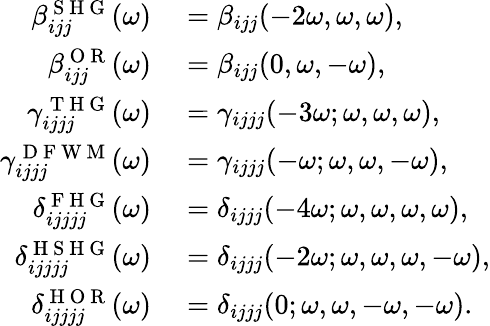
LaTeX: \begin{array}{rl}{\beta_{ijj}^{\mathrm{~S~H~G~}}(\omega)}&{{}=\beta_{ijj}(-2\omega,\omega,\omega),}\\ {\beta_{ijj}^{\mathrm{~O~R~}}(\omega)}&{{}=\beta_{ijj}(0,\omega,-\omega),}\\ {\gamma_{ijjj}^{\mathrm{~T~H~G~}}(\omega)}&{{}=\gamma_{ijjj}(-3\omega;\omega,\omega,\omega),}\\ {\gamma_{ijjj}^{\mathrm{~D~F~W~M~}}(\omega)}&{{}=\gamma_{ijjj}(-\omega;\omega,\omega,-\omega),}\\ {\delta_{ijjjj}^{\mathrm{~F~H~G~}}(\omega)}&{{}=\delta_{ijjj}(-4\omega;\omega,\omega,\omega,\omega),}\\ {\delta_{ijjjj}^{\mathrm{~H~S~H~G~}}(\omega)}&{{}=\delta_{ijjj}(-2\omega;\omega,\omega,\omega,-\omega),}\\ {\delta_{ijjjj}^{\mathrm{~H~O~R~}}(\omega)}&{{}=\delta_{ijjj}(0;\omega,\omega,-\omega,-\omega).}\end{array}